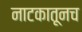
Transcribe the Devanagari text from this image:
नाटकातूनच